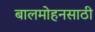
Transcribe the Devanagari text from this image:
बालमोहनसाठी